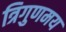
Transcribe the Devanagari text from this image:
त्रिगुणमय